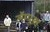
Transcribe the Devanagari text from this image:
लॅम्पूनस